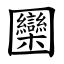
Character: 圞